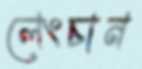
লেংচান